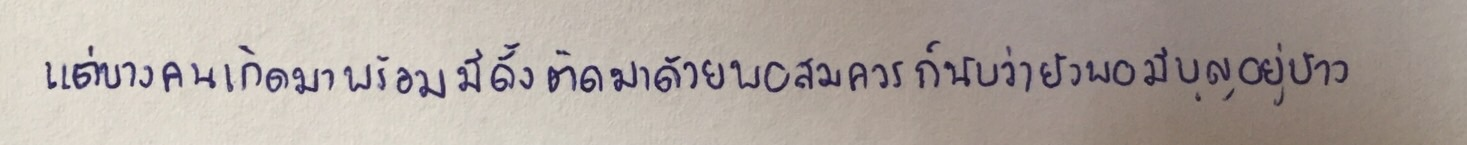
แต่บางคนเกิดมาพร้อมมีดั้งติดมาด้วยพอสมควรก็นับว่ายังพอมีบุญอยู่บ้าง